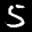
Label: 5